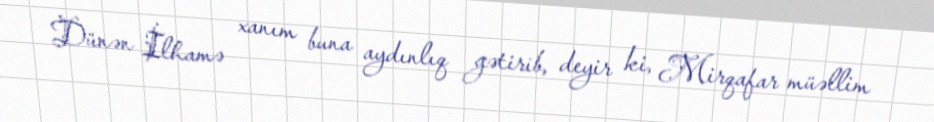
Dünən İlhamə xanım buna aydınlıq gətirib, deyir ki, Mirqafar müəllim